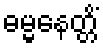
ဓမ္မနေတ္တိံ